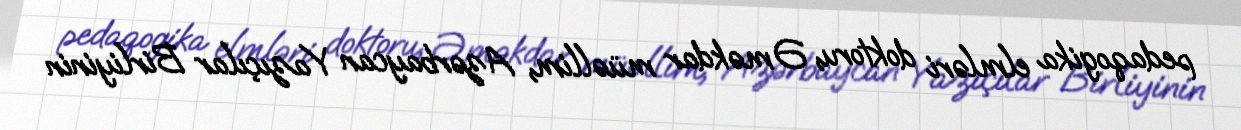
pedaqogika elmləri doktoru, Əməkdar müəllim, Azərbaycan Yazıçılar Birliyinin